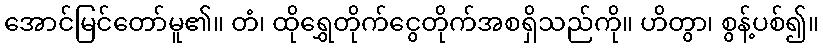
အောင်မြင်တော်မူ၏။ တံ၊ ထိုရွှေတိုက်ငွေတိုက်အစရှိသည်ကို။ ဟိတွာ၊ စွန့်ပစ်၍။